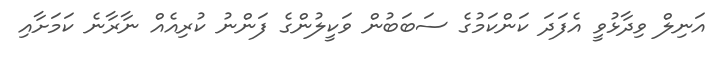
އަނިލް ވިދާޅުވީ އެފަދަ ކަންކަމުގެ ސަބަބުން ވަކީލުންގެ ފަންނު ކުރިއެއް ނާރާނެ ކަމަށާއި